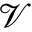
\mathcal { V }